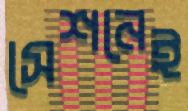
সেশনেই